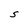
Character: S